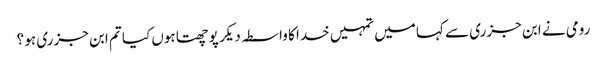
رومی نے ابن جزری سے کہا میں تمہیں خدا کا واسطہ دیکر پوچھتا ہوں کیا تم ابن جزری ہو ؟